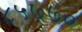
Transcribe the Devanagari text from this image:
८५७७०